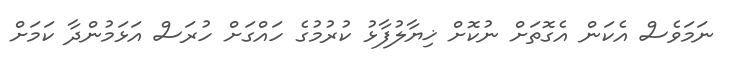
ނަމަވެސް އެކަން އެގޮތަށް ނުކޮށް ޚިޔާލުފާޅު ކުރުމުގެ ހައްގަށް ހުރަސް އަޅަމުންދާ ކަމަށް